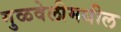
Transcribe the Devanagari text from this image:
गुळवेलीमधील